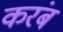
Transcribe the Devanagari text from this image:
करंब